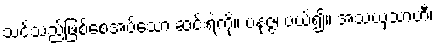
သင်သည်ဖြစ်စေအပ်သော ဆင်းရဲကို။ ပနုဇ္ဇ၊ ပယ်၍။ အသယှသာဟီ၊